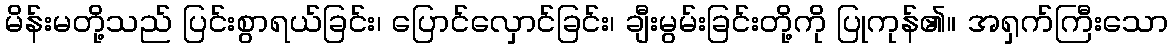
မိန်းမတို့သည် ပြင်းစွာရယ်ခြင်း၊ ပြောင်လှောင်ခြင်း၊ ချီးမွမ်းခြင်းတို့ကို ပြုကုန်၏။ အရှက်ကြီးသော